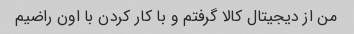
من از دیجیتال کالا گرفتم و با کار کردن با اون راضیم